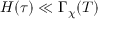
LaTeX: H ( \tau ) \ll \Gamma _ { \chi } ( T )